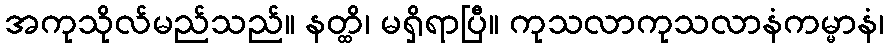
အကုသိုလ်မည်သည်။ နတ္ထိ၊ မရှိရာပြီ။ ကုသလာကုသလာနံကမ္မာနံ၊